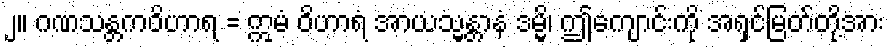
၂။ ဂဏသန္တကဝိဟာရ = ဣမံ ဝိဟာရံ အာယသ္မန္တာနံ ဒမ္မိ၊ ဤကျောင်းကို အရှင်မြတ်တို့အား